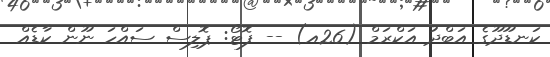
ކަނޑޫދޫގެ އަބްދު އަކްރަމް (26އ) -- ފޮޓޯ: ޕޮލިސް ސައްހަ ނޫން ކާޑެއް